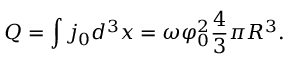
Q = \int j _ { 0 } d ^ { 3 } x = \omega \varphi _ { 0 } ^ { 2 } { \frac { 4 } { 3 } } \pi R ^ { 3 } .